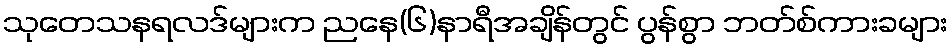
သုတေသနရလဒ်များက ညနေ(၆)နာရီအချိန်တွင် ပွန်စွာ ဘတ်စ်ကားခများ